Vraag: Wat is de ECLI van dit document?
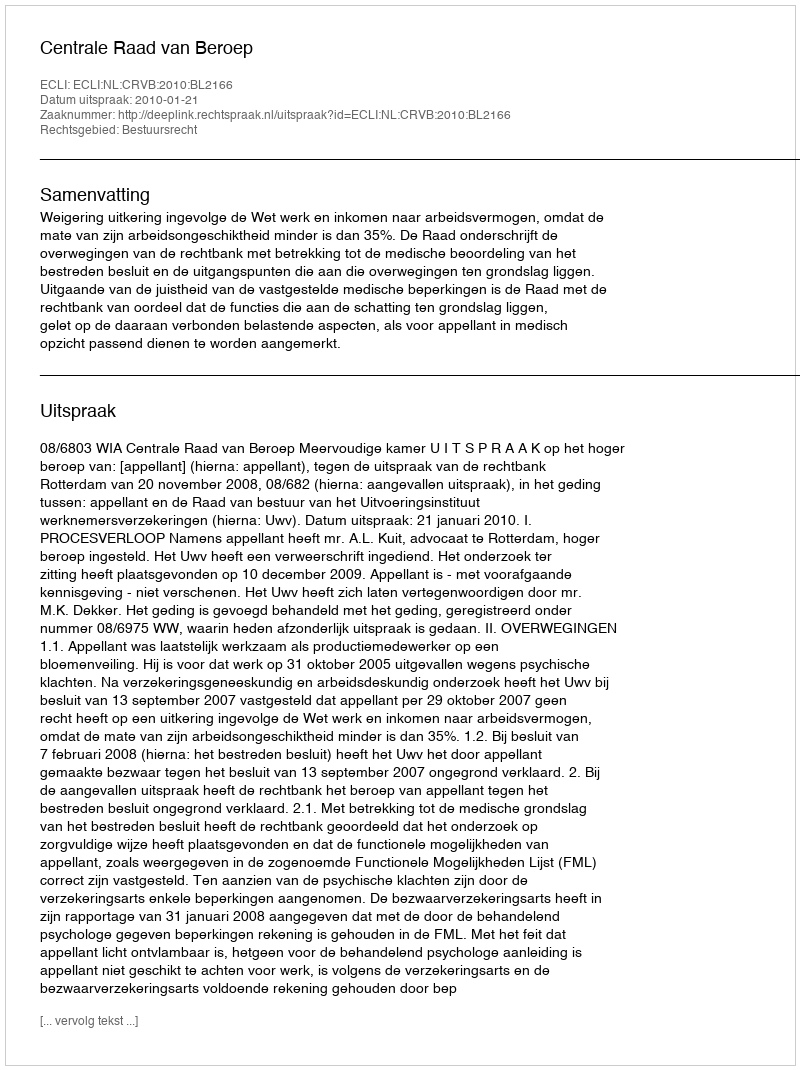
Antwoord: ECLI:NL:CRVB:2010:BL2166